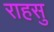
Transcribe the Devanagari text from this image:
राहसु